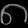
Digit: ၈